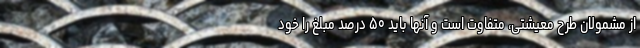
از مشمولان طرح معیشتی، متفاوت است و آنها باید ۵۰ درصد مبلغ را خود